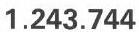
1.243.744